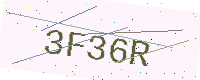
Text: 3F36R